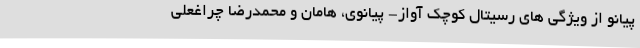
پیانو از ویژگی های رسیتال کوچک آواز- پیانوی، هامان و محمدرضا چراغعلی